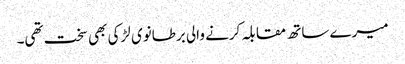
میرے ساتھ مقابلہ کرنے والی برطانوی لڑکی بھی سخت تھی۔